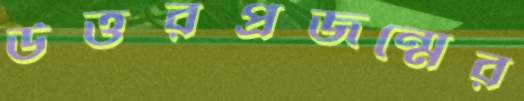
উত্তরপ্রজন্মের